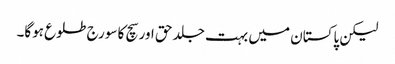
لیکن پاکستان میں بہت جلد حق اور سچ کا سورج طلوع ہوگا۔